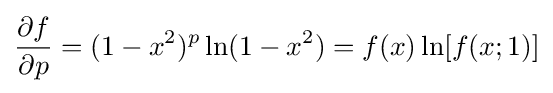
{\frac {\partial f}{\partial p}}=(1-x^{2})^{p}\ln(1-x^{2})=f(x)\ln \lbrack f(x;1)\rbrack